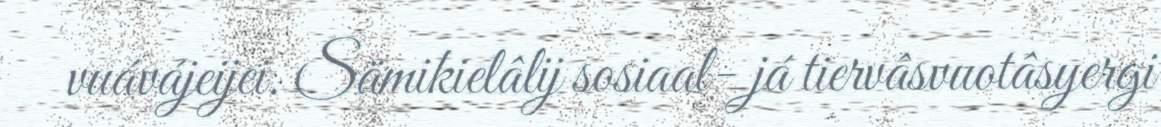
vuávájeijei. Sämikielâlij sosiaal- já tiervâsvuotâsyergi